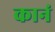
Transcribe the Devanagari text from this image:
कानं